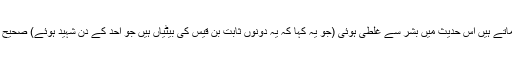
اس کے بعد جو باقی بچے وہ تیرا ہے ابوداؤد فرماتے ہیں اس حدیث میں بشر سے غلطی ہوئی (جو یہ کہا کہ یہ دونوں ثابت بن قیس کی بیٹیاں ہیں جو احد کے دن شہید ہوئے) صحیح یہ ہے کہ یہ دونوں لڑکیاں سعد بن تبیع کی تھیں۔